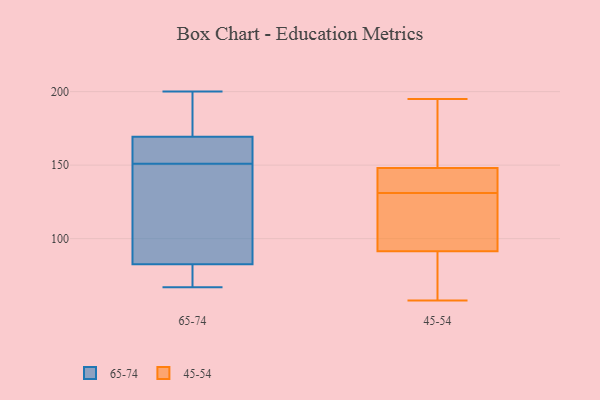
{"axis": {"x": "Waste Production (Tons)", "y": "Value"}, "legend": ["45-54", "65-74"], "data": [{"x": "", "y": 162, "type": "65-74"}, {"x": "", "y": 167, "type": "65-74"}, {"x": "", "y": 200, "type": "65-74"}, {"x": "", "y": 175, "type": "65-74"}, {"x": "", "y": 79, "type": "65-74"}, {"x": "", "y": 84, "type": "65-74"}, {"x": "", "y": 67, "type": "65-74"}, {"x": "", "y": 79, "type": "65-74"}, {"x": "", "y": 111, "type": "65-74"}, {"x": "", "y": 200, "type": "65-74"}, {"x": "", "y": 144, "type": "65-74"}, {"x": "", "y": 69, "type": "65-74"}, {"x": "", "y": 151, "type": "65-74"}, {"x": "", "y": 164, "type": "65-74"}, {"x": "", "y": 170, "type": "65-74"}, {"x": "", "y": 82, "type": "65-74"}, {"x": "", "y": 162, "type": "65-74"}, {"x": "", "y": 147, "type": "65-74"}, {"x": "", "y": 180, "type": "65-74"}, {"x": "", "y": 174, "type": "45-54"}, {"x": "", "y": 140, "type": "45-54"}, {"x": "", "y": 122, "type": "45-54"}, {"x": "", "y": 142, "type": "45-54"}, {"x": "", "y": 87, "type": "45-54"}, {"x": "", "y": 122, "type": "45-54"}, {"x": "", "y": 195, "type": "45-54"}, {"x": "", "y": 58, "type": "45-54"}, {"x": "", "y": 96, "type": "45-54"}, {"x": "", "y": 75, "type": "45-54"}, {"x": "", "y": 150, "type": "45-54"}, {"x": "", "y": 146, "type": "45-54"}]}